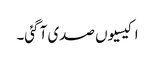
اکیسیوں صدی آ گئی۔